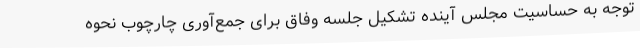
توجه به حساسیت مجلس آینده تشکیل جلسه وفاق برای جمع‌آوری چارچوب نحوه